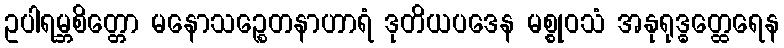
ဥပါရမ္ဘစိတ္တော မနောသဉ္စေတနာဟာရံ ဒုတိယပဒေန မစ္စုဝသံ အနုရုဒ္ဓတ္ထေရေန